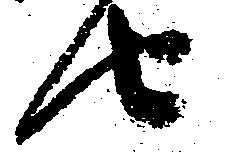
由